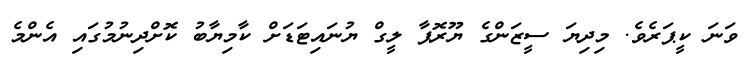
ވަނަ ކީޕަރެވެ. މިދިޔަ ސީޒަންގެ ޔޫރޮޕާ ލީގް ޔުނައިޓަޑަށް ކާމިޔާބު ކޮށްދިނުމުގައި އެންމެ